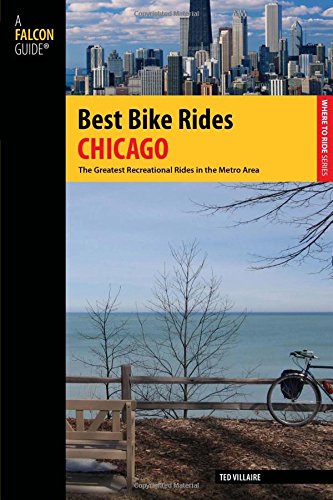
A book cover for Best Bike Rides Chicago: The Greatest Recreational Rides In The Metro Area (Best Bike Rides Series); Ted Villaire; Travel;